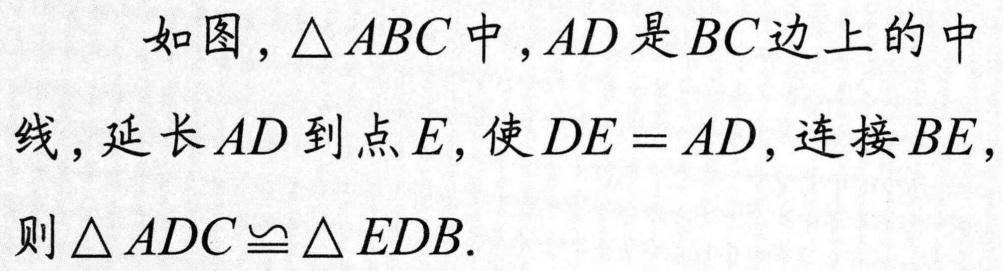
如图，\(\triangle ABC\)中，\(AD\)是\(BC\)边上的中线，延长\(AD\)到点\(E\)，使\(DE = AD\)，连接\(BE\)，则\(\triangle ADC\cong\triangle EDB\).